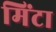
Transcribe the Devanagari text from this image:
मिंटा